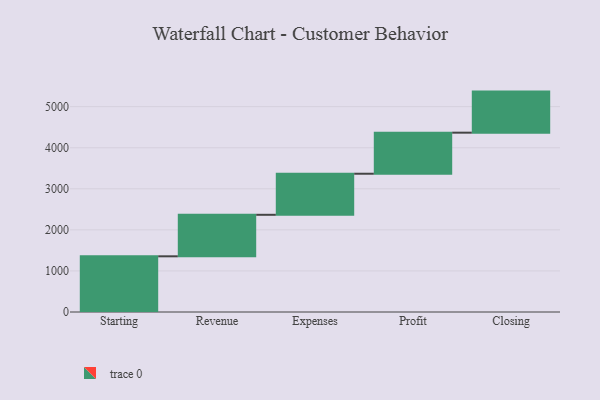
{"axis": {"x": "Step", "y": "Value"}, "legend": [""], "data": [{"x": "Starting", "y": 1356.0, "type": ""}, {"x": "Revenue", "y": 1011.0, "type": ""}, {"x": "Expenses", "y": 1000, "type": ""}, {"x": "Profit", "y": 1000, "type": ""}, {"x": "Closing", "y": 1000, "type": ""}]}